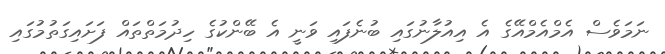
ނަމަވެސް އެމްއެމްއޭގެ އެ އިއުލާނުގައި ބުނެފައި ވަނީ އެ ބޭންކުގެ ހިދުމަތްތައް ފަށައިގަތުމުގައި